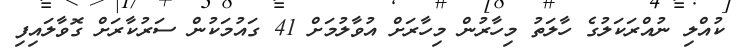
ކުއްލި ނުއްރަކަލުގެ ހާލަތު މިހާރުން މިހާރަށް އުވާލުމަށް 41 ގައުމަކުން ސަރުކާރަށް ގޮވާލައިފި